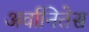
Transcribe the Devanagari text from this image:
अर्वानितेस